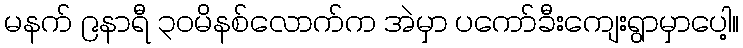
မနက် ၉နာရီ ၃ဝမိနစ်လောက်က အဲမှာ ပကော်ခီးကျေးရွာမှာပေါ့။